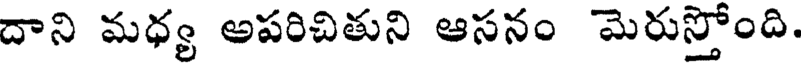
దాని మధ్య అపరిచితుని ఆసనం మెరుస్తోంది.